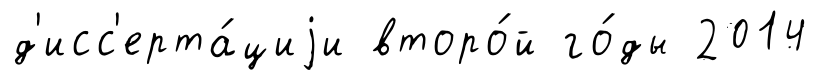
д'исс'ерта́циjи второ́й го́ды 2014